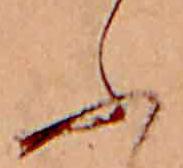
ふ